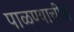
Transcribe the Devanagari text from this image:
पाळण्याचीच